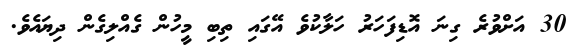
30 އަށްވުރެ ގިނަ އޮޑިފަހަރު ހަލާކުވެ އޭގައި ތިބި މީހުން ގެއްލިގެން ދިޔައެވެ.